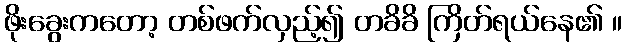
ဖိုးခွေးကတော့ တစ်ဖက်လှည့်၍ တခိခိ ကြိတ်ရယ်နေ၏ ။